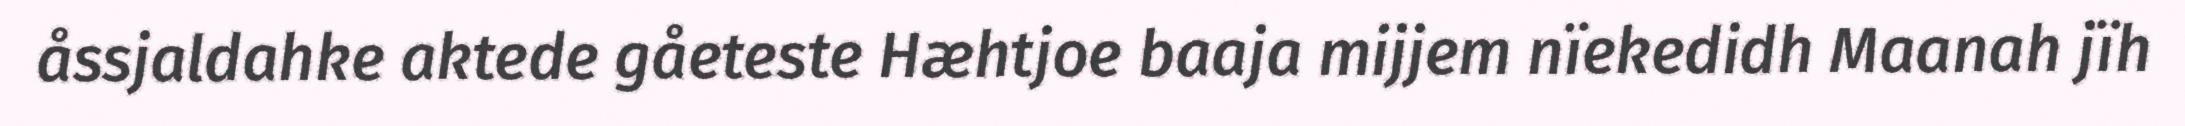
åssjaldahke aktede gåeteste Hæhtjoe baaja mijjem nïekedidh Maanah jïh